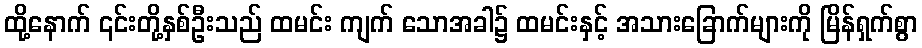
ထို့နောက် ၎င်းတို့နှစ်ဦးသည် ထမင်း ကျက် သောအခါ၌ ထမင်းနှင့် အသားခြောက်များကို မြိန်ရှက်စွာ